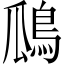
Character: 𪀅